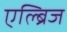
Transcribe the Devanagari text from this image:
एल्ब्रिज